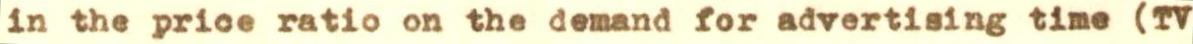
in the price ratio on the demand for advertising time (TV